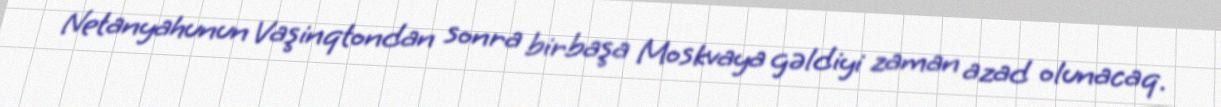
Netanyahunun Vaşinqtondan sonra birbaşa Moskvaya gəldiyi zaman azad olunacaq.